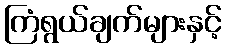
ကြံရွယ်ချက်များနှင့်